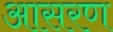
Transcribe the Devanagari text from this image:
आसरण